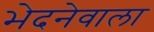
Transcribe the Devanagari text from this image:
भेदनेवाला